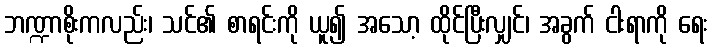
ဘဏ္ဍာစိုးကလည်း၊ သင်၏ စာရင်းကို ယူ၍ အသော့ ထိုင်ပြီးလျှင်၊ အခွက် ငါးရာကို ရေး